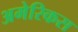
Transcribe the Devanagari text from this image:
अमेरिकस